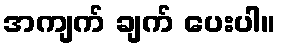
အကျက် ချက် ပေးပါ။